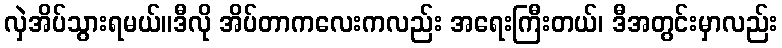
လှဲအိပ်သွားရမယ်။ဒီလို အိပ်တာကလေးကလည်း အရေးကြီးတယ်၊ ဒီအတွင်းမှာလည်း